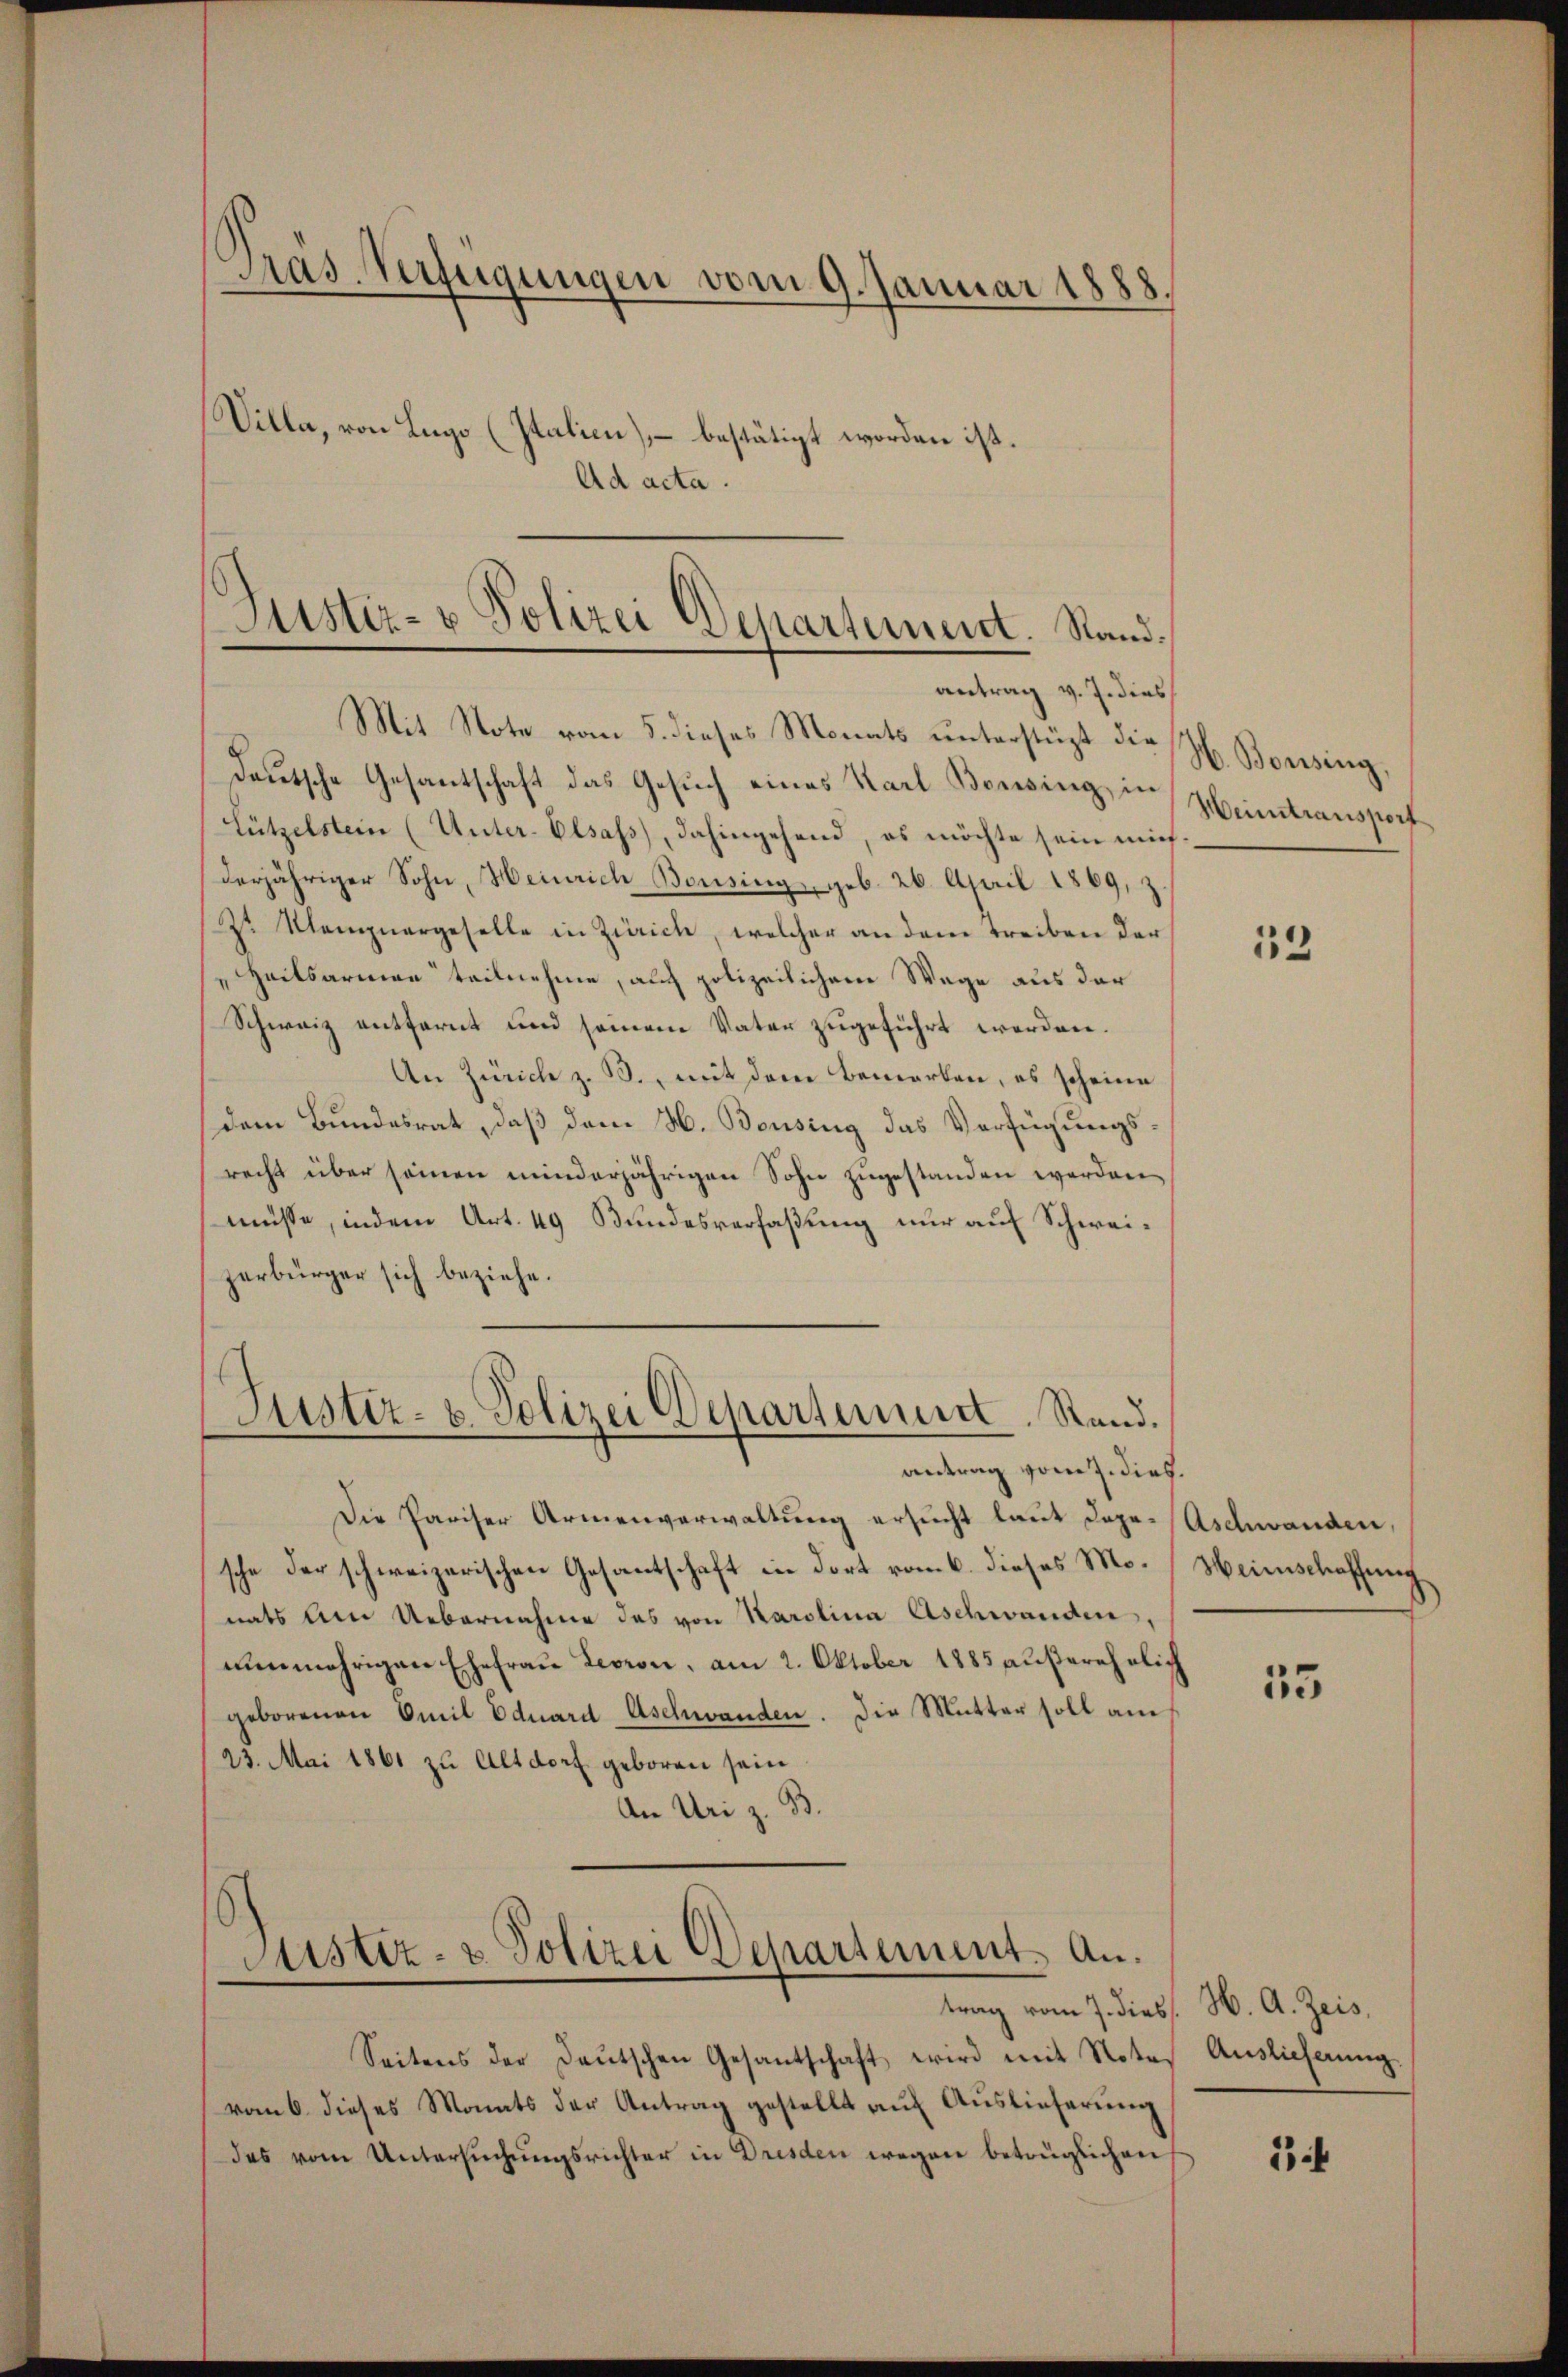
Dräs Verfügungen vom 9. Januar 1888.
Villa, von Lugo (Italien), – bestätigt worden ist.
.
 acta.

Justiz- & Polizei Departement. Standantrag v. J. dies

Justiz- & Polizei Departement. Antrag vom 7. dies H. A. Zeis,

Mit Note vom 5. dieses Monats unterstüzt die H. Bonsing,
deutsche Gesantschaft das Gesuch eines Karl Boswing, in Heimtransport
Lützelstein (Unter-Elsass, dahingehend, es möchte sein mich
derjähriger Sohn, Heinrich Bousing, geb. 26. April 1869,
Z Nempnergeselle in Zürich, welcher an dem Treiben der
"Heilsarmen teilnehme, auch polizeilichen Wege aus der
Schweiz entfernt und seinem Vater zugeführt werden.
An Zürich z. B., mit dem Bemerken, es scheine
dem Bundesrat, daß dem H. Bousing das Verfügungsrecht über seinen minderjährigen Sohn zugestanden werden
müsse, indem Art. 49 Bundesverfaßung nur auf Schweizerbürger sich beziehe.
Justiz- u. Polizei Departement. Stand.
antrag vom 7. dies.
Die Pariser Armenverwaltung ersucht laut dage-Aschwanden,
sche der schweizerischen Gesantschaft in dort vom 6. dieses Mo-Heimschaffung
nats am Uebernahme des von Karolina Aschwanden,
nunmehrigen Ehefrau Levron, am 2. Oktober 1885 außerehelich
geborenen Omil Eduard Aschwanden. Die Mutter soll am
23. Mai 1861 zu Altdorf geboren sein
An Uri z. B.

Seitens der Deutschen Gesantschaft wird mit Notes Auslieferŭng.
vom 6. dieses Monats der Antrag gestellt auf Auslieferung
des vom Untersuchungsrichter in Dresden wegen betrüglichen

12

55

1